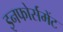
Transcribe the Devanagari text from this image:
इनफोर्समेंट